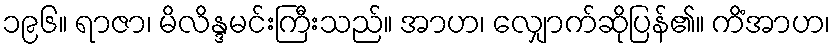
၁၉၆။ ရာဇာ၊ မိလိန္ဒမင်းကြီးသည်။ အာဟ၊ လျှောက်ဆိုပြန်၏။ ကိံအာဟ၊